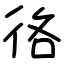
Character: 𢓜